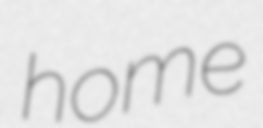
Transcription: home